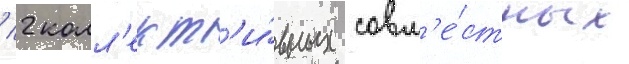
/ 2 колл'ект'и́вных совм'е́стных